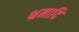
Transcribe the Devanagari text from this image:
भ्रमादि